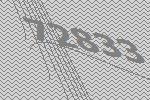
72833